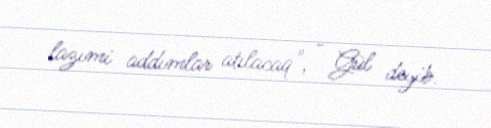
lazımi addımlar atılacaq", - Gül deyib.